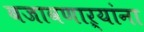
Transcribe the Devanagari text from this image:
बजावणाऱ्यांना